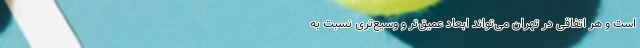
است و هر اتفاقی در تهران می‌تواند ابعاد عمیق‌تر و وسیع‌تری نسبت به